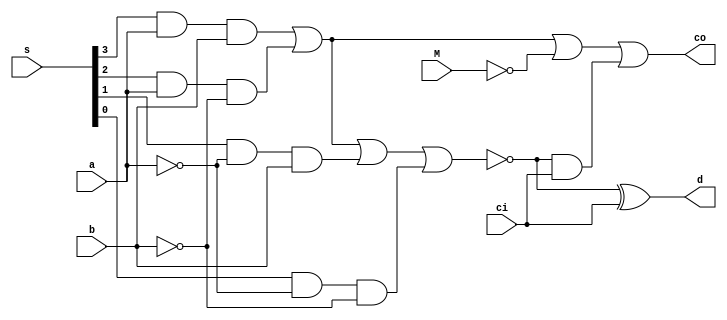
module add_ALU4(
  input wire a,b,ci,M,
  input wire [3:0] s,
  output wire co,d
);

wire g,p;
assign g=(s[3]&a&b)|(s[2]&a&(~b))|(~M);
assign p=~((s[3]&a&b)|(s[2]&a&(~b))|(s[1]&(~a)&b)|(s[0]&(~a)&(~b)));
assign co=g|(p&ci);
assign d=p^ci;

endmodule